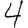
Digit: 4